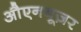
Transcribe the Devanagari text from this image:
औएनबूज़र